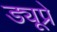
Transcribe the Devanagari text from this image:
ड्यूप्रे